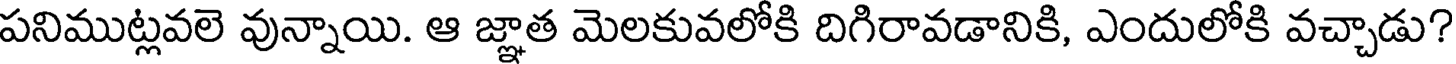
పనిముట్లవలె వున్నాయి. ఆ జ్ఞాత మెలకువలోకి దిగిరావడానికి, ఎందులోకి వచ్చాడు?